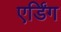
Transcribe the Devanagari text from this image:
एर्डिंग